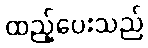
ထည့်ပေးသည်